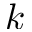
k